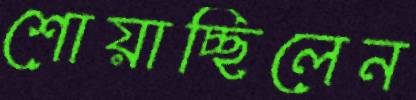
শোয়াচ্ছিলেন